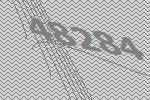
48284